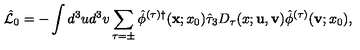
\hat { \cal L } _ { 0 } = - \int d ^ { 3 } u d ^ { 3 } v \sum _ { \tau = \pm } \hat { \phi } ^ { ( \tau ) \dagger } ( { \bf x } ; x _ { 0 } ) \hat { \tau } _ { 3 } D _ { \tau } ( x ; { \bf u } , { \bf v } ) \hat { \phi } ^ { ( \tau ) } ( { \bf v } ; x _ { 0 } ) ,